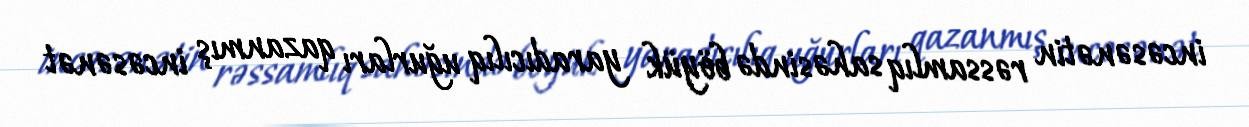
incəsənətin rəssamlıq sahəsində böyük yaradıcılıq uğurları qazanmış incəsənət